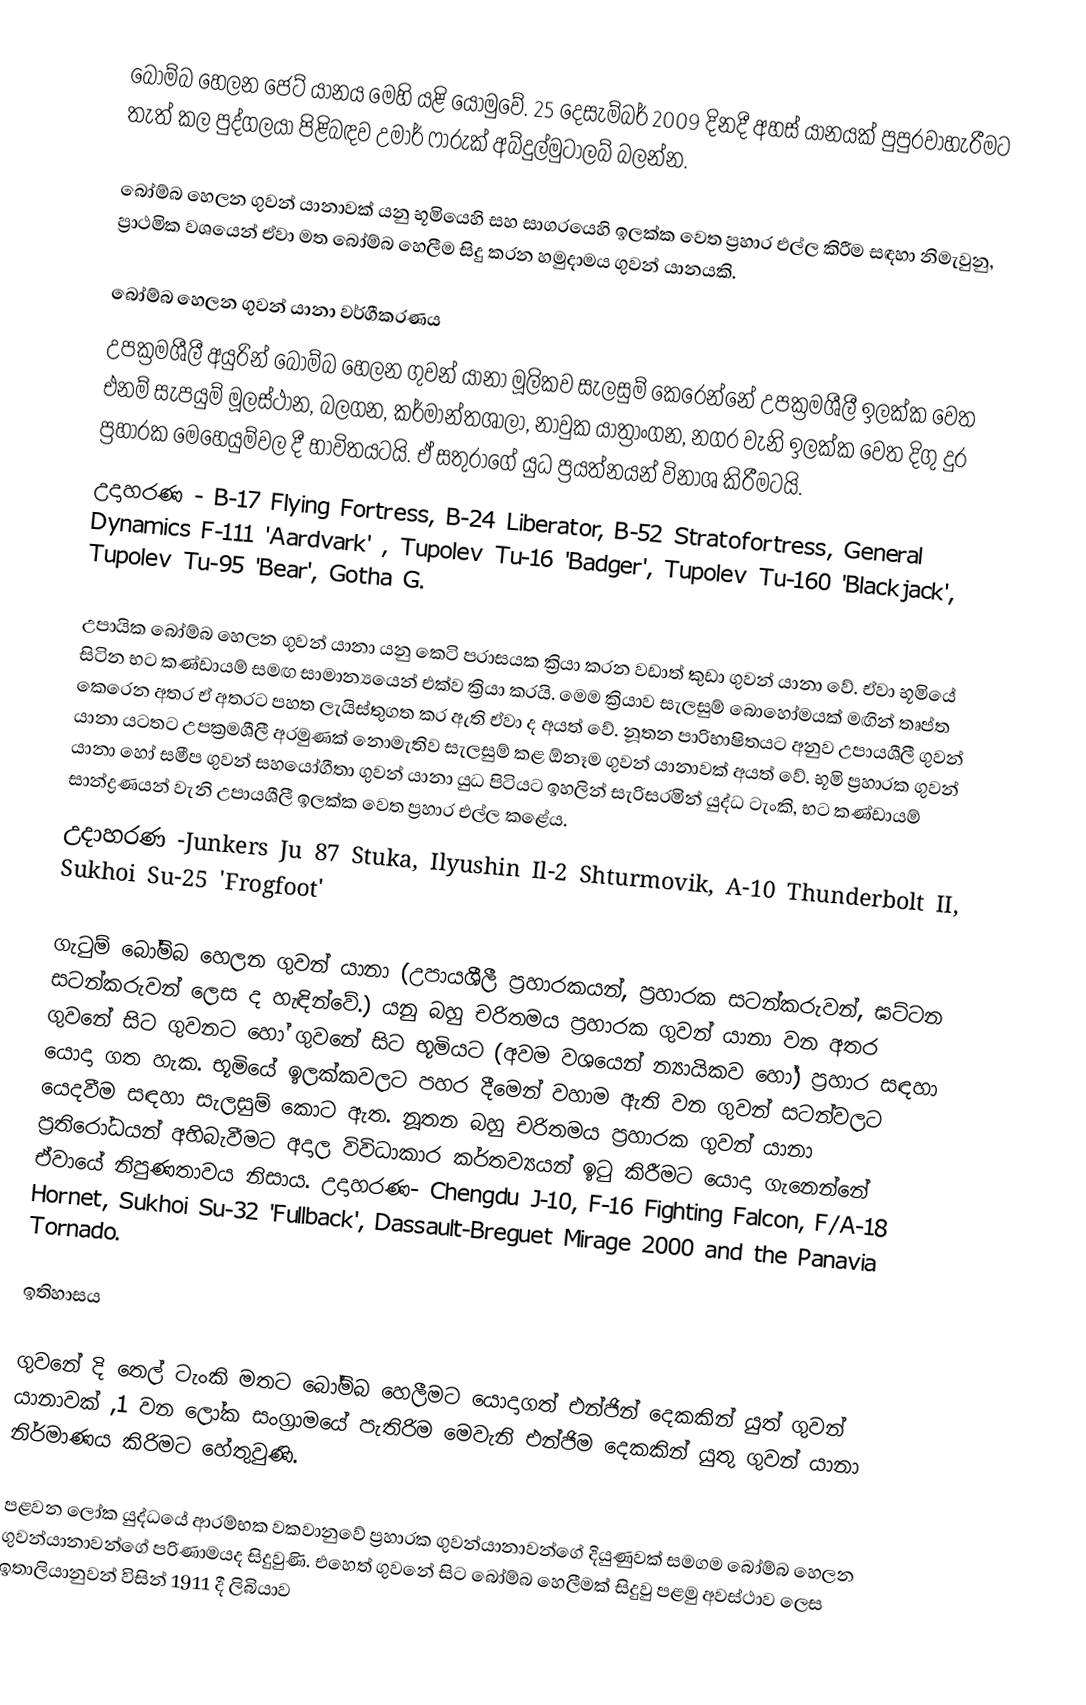
බෝම්බ හෙලන ජෙට් යානය මෙහි යළි යොමුවේ. 25 දෙසැම්බර් 2009 දිනදී අහස් යානයක් පුපුරවාහැරීමට තැත් කල පුද්ගලයා පිළිබඳව උමාර් ෆාරුක් අබ්දුල්මුටාලබ් බලන්න.

බෝම්බ හෙලන ගුවන් යානාවක් යනු භූමියෙහි සහ සාගරයෙහි ඉලක්ක වෙත ප්‍රහාර එල්ල කිරීම සඳහා නිමැවුනු, ප්‍රාථමික වශයෙන් ඒවා මත බෝම්බ හෙලීම සිදු කරන හමුදාමය ගුවන් යානයකි.

බෝම්බ හෙලන ගුවන් යානා වර්ගීකරණය
උපක්‍රමශීලී අයුරින් බෝම්බ හෙලන ගුවන් යානා මූලිකව සැලසුම් කෙරෙන්නේ උපක්‍රමශීලී ඉලක්ක වෙත එනම් සැපයුම් මූලස්ථාන, බලගන, කර්මාන්තශාලා, නාවුක යාත්‍රාංගන, නගර වැනි ඉලක්ක වෙත දිගු දුර ප්‍රහාරක මෙහෙයුම්වල දී භාවිතයටයි. ඒ සතුරාගේ යුධ ප්‍රයත්නයන් විනාශ කිරීමටයි.
උදාහරණ - B-17 Flying Fortress, B-24 Liberator, B-52 Stratofortress, General Dynamics F-111 'Aardvark' , Tupolev Tu-16 'Badger', Tupolev Tu-160 'Blackjack', Tupolev Tu-95 'Bear', Gotha G.

උපායික බෝම්බ හෙලන ගුවන් යානා යනු කෙටි පරාසයක ක්‍රියා කරන වඩාත් කුඩා ගුවන් යානා වේ. ඒවා භූමියේ සිටින භට කණ්ඩායම් සමඟ සාමාන්‍යයෙන් එක්ව ක්‍රියා කරයි. මෙම ක්‍රියාව සැලසුම් බොහෝමයක් මඟින් තෘප්ත කෙරෙන අතර ඒ අතරට පහත ලැයිස්තුගත කර ඇති ඒවා ද අයත් වේ. නූතන පාරිභාෂිතයට අනුව උපායශීලී ගුවන් යානා යටතට උපක්‍රමශීලී අරමුණක් නොමැතිව සැලසුම් කළ ඕනෑම ගුවන් යානාවක් අයත් වේ. භූමි ප්‍රහාරක ගුවන් යානා හෝ සමීප ගුවන් සහයෝගීතා ගුවන් යානා ‍යුධ පිටියට ඉහලින් සැරිසරමින් යුද්ධ ටැංකි, භට කණ්ඩායම් සාන්ද්‍රණයන් වැනි උපායශීලී ඉලක්ක වෙත ප්‍රහාර එල්ල කළේය.
උදාහරණ -Junkers Ju 87 Stuka, Ilyushin Il-2 Shturmovik, A-10 Thunderbolt II, Sukhoi Su-25 'Frogfoot'

ගැටුම් බෝම්බ හෙලන ගුවන් යානා (උපායශීලී ප්‍රහාරකයන්, ප්‍රහාරක සටන්කරුවන්, ඝට්ටන සටන්කරුවන් ලෙස ද හැඳින්වේ.) යනු බහු චරිතමය ප්‍රහාරක ගුවන් යානා වන අතර ගුවනේ සිට ගුවනට හෝ ගුවනේ සිට භූමියට (අවම වශයෙන් න්‍යායිකව හෝ) ප්‍රහාර සඳහා යොදා ගත හැක. භූමියේ ඉලක්කවලට පහර දීමෙන් වහාම ඇති වන ගුවන් සටන්වලට යෙදවීම සඳහා සැලසුම් කොට ඇත. නූතන බහු චරිතමය ප්‍රහාරක ගුවන් යානා ප්‍රතිරෝධයන් අභිබැවීමට අදාල විවිධාකාර කර්තව්‍යයන් ඉටු කිරී‍මට යොදා ගැනෙන්නේ ඒවායේ නිපුණතාවය නිසාය. උදාහරණ- Chengdu J-10, F-16 Fighting Falcon, F/A-18 Hornet, Sukhoi Su-32 'Fullback', Dassault-Breguet Mirage 2000 and the Panavia Tornado.

ඉතිහාසය

ගුවනේ දි තෙල් ටැංකි මතට බෝම්බ හෙලීමට යොදාගත් එන්ජින් දෙකකින් යුත් ගුවන් යානාවක් ,1 ‍වන ලෝක සංග්‍රාමයේ පැතිරිම මෙවැනි එන්ජිම දෙකකින් යුතු ගුවන් යානා නිර්මාණය කිරිමට හේතු‍වුණි.

පළවන ලෝක යුද්ධයේ ආරම්භක වකවානුවේ ප්‍රහාරක ගුවන්යානාවන්ගේ දියුණුවක් සමගම බෝම්බ හෙලන ගුවන්යානාවන්ගේ පරිණාමයද සිදුවුණි. එහෙත් ගුවනේ සිට බෝම්බ හෙලීමක් සිදුවු පළමු අවස්ථාව ලෙස ඉතාලියානුවන් විසින් 1911 දී ලිබියාව